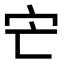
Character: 𡦽